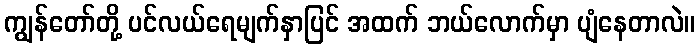
ကျွန်တော်တို့ ပင်လယ်ရေမျက်နှာပြင် အထက် ဘယ်လောက်မှာ ပျံနေတာလဲ။